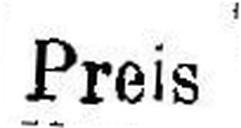
Preis